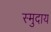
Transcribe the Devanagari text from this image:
स्मुदाय